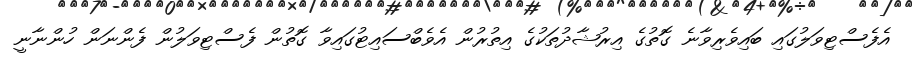
އެފެސްޓިވަލުގައި ބައިވެރިވާނެ ގޮތުގެ އިރުޝާދުތަކުގެ އިތުރުން އެވެބްސައިޓުގައިވާ ގޮތުން ފެސްޓިވަލުން ފެންނަން ހުންނާނީ